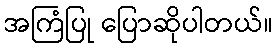
အကြံပြု ပြောဆိုပါတယ်။